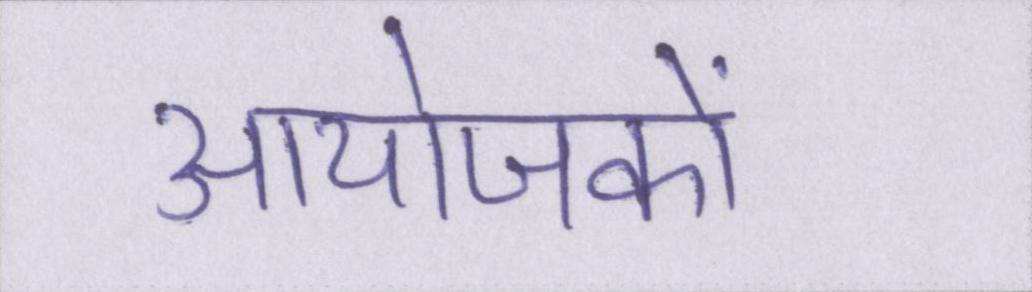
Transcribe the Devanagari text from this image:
आयोजकों